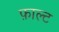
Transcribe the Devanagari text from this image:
फ़ाल्ट